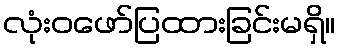
လုံးဝဖော်ပြထားခြင်းမရှိ။